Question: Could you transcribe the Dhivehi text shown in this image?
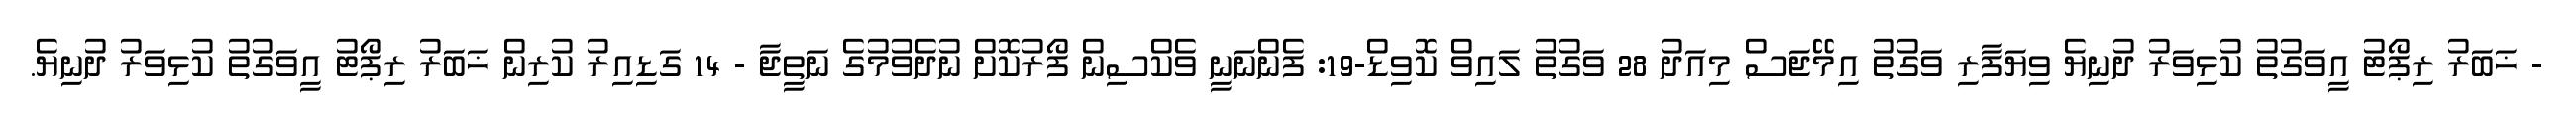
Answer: - ޚަބަރު ރިޕޯޓު އީވަގުތު ކުޅިވަރު ދުނިޔެ ވިޔަފާރި ވަގުތު އިމޭޖަސް މިއަދު 28 ވަގުތު ލައިވް ކޮވިޑް-19: ފެންނަނީ ވެކްސިން ފޯރުކޮށް ނުދެވުމުގެ ނަތީޖާ - 14 ގަޑިއިރު ކުރިން ޚަބަރު ރިޕޯޓު އީވަގުތު ކުޅިވަރު ދުނިޔެ.